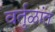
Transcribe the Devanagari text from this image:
वर्तुळांत